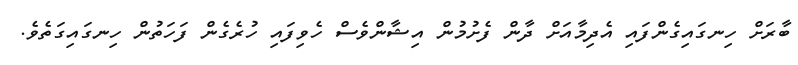
ބާރަށް ހިނގައިގެންފައި އެދިމާއަށް ދާން ފެށުމުން އިޝާންވެސް ހެވިފައި ހުރެގެން ފަހަތުން ހިނގައިގަތެވެ.